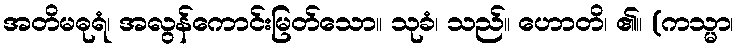
အတိမဓုရံ၊ အလွန်ကောင်းမြတ်သော။ သုခံ၊ သည်။ ဟောတိ၊ ၏။ (ကသ္မာ၊